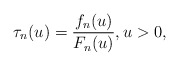
\begin{align*}\tau_n(u)=\frac{f_n(u)}{F_n(u)},u>0,\end{align*}